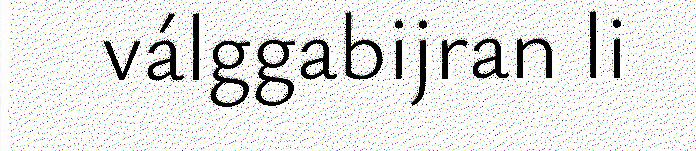
válggabijran li